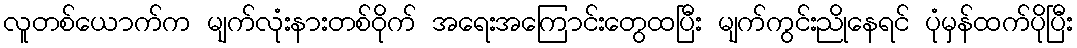
လူတစ်ယောက်က မျက်လုံးနားတစ်ဝိုက် အရေးအကြောင်းတွေထပြီး မျက်ကွင်းညိုနေရင် ပုံမှန်ထက်ပိုပြီး